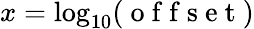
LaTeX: x=\log_{10}(\mathrm{~o~f~f~s~e~t~})